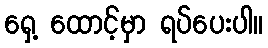
ရှေ့ ထောင့်မှာ ရပ်ပေးပါ။